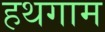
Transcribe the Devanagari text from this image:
हथगाम